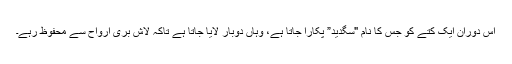
اس دوران ایک کتے کو جس کا نام "سگدید” پکارا جاتا ہے، وہاں دوبار لایا جاتا ہے تاکہ لاش بری ارواح سے محفوظ رہے۔